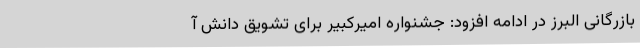
بازرگانی البرز در ادامه افزود: جشنواره امیرکبیر برای تشویق دانش آ